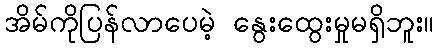
အိမ်ကိုပြန်လာပေမဲ့ နွေးထွေးမှုမရှိဘူး။